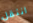
انتقل